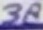
Text: 38